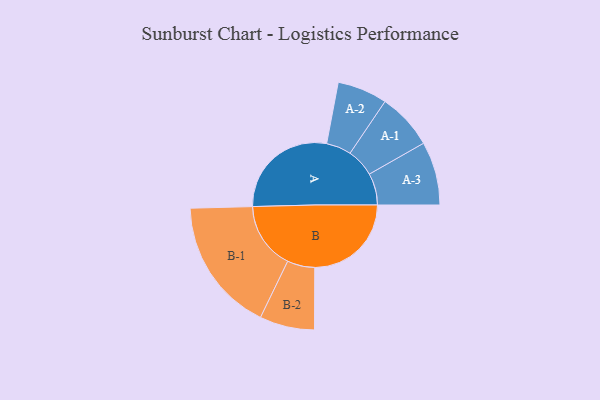
{"axis": {"x": "Segment", "y": "Value"}, "legend": ["", "A", "B"], "data": [{"x": "A", "y": 486, "type": ""}, {"x": "B", "y": 429, "type": ""}, {"x": "A-1", "y": 125, "type": "A"}, {"x": "A-2", "y": 111, "type": "A"}, {"x": "A-3", "y": 141, "type": "A"}, {"x": "B-1", "y": 298, "type": "B"}, {"x": "B-2", "y": 122, "type": "B"}]}